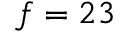
f = 2 3